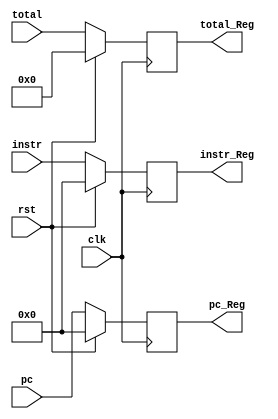
module IF_ID( clk, rst, pc, instr, total, pc_Reg, instr_Reg, total_Reg );

	input [31:0] pc, instr;
	input clk, rst ;
	input [6:0] total ;
	output reg [6:0] total_Reg ;
	output reg [31:0] instr_Reg, pc_Reg;

	always@( posedge clk )
	begin
		if ( rst )
		begin
			instr_Reg <= 0;
			pc_Reg <= 0;
			total_Reg <= 0;
		end
		else
		begin
			instr_Reg <= instr;
			pc_Reg <= pc;
			total_Reg <= total ;
		end
	end
	
endmodule